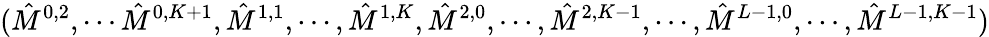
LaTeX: (\hat{M}^{0,2},\cdots\hat{M}^{0,K+1},\hat{M}^{1,1},\cdots,\hat{M}^{1,K},\hat{M}^{2,0},\cdots,\hat{M}^{2,K-1},\cdots,\hat{M}^{L-1,0},\cdots,\hat{M}^{L-1,K-1})